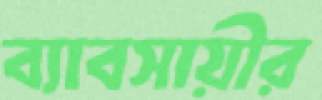
ব্যাবসায়ীর